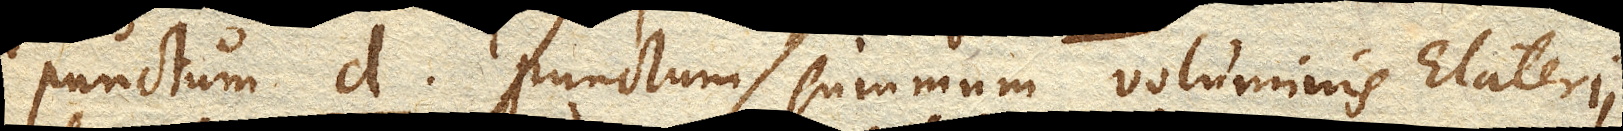
punctum d. punctum summum voluminis Elaterii